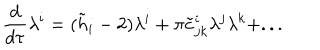
LaTeX: { \frac { d } { d \tau } } \lambda ^ { i } = ( \tilde { h } _ { i } - 2 ) \lambda ^ { i } + \pi \tilde { c } _ { j k } ^ { i } \lambda ^ { j } \lambda ^ { k } + . . .